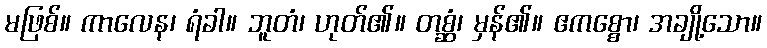
မဖြစ်။ ကာလေန၊ ရံခါ။ ဘူတံ၊ ဟုတ်၏။ တစ္ဆံ၊ မှန်၏။ ဧကစ္စော၊ အချို့သော။